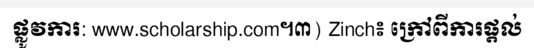
ផ្លូវការ: www.scholarship.com។៣) Zinch៖ ក្រៅពីការផ្តល់